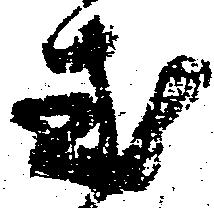
惑